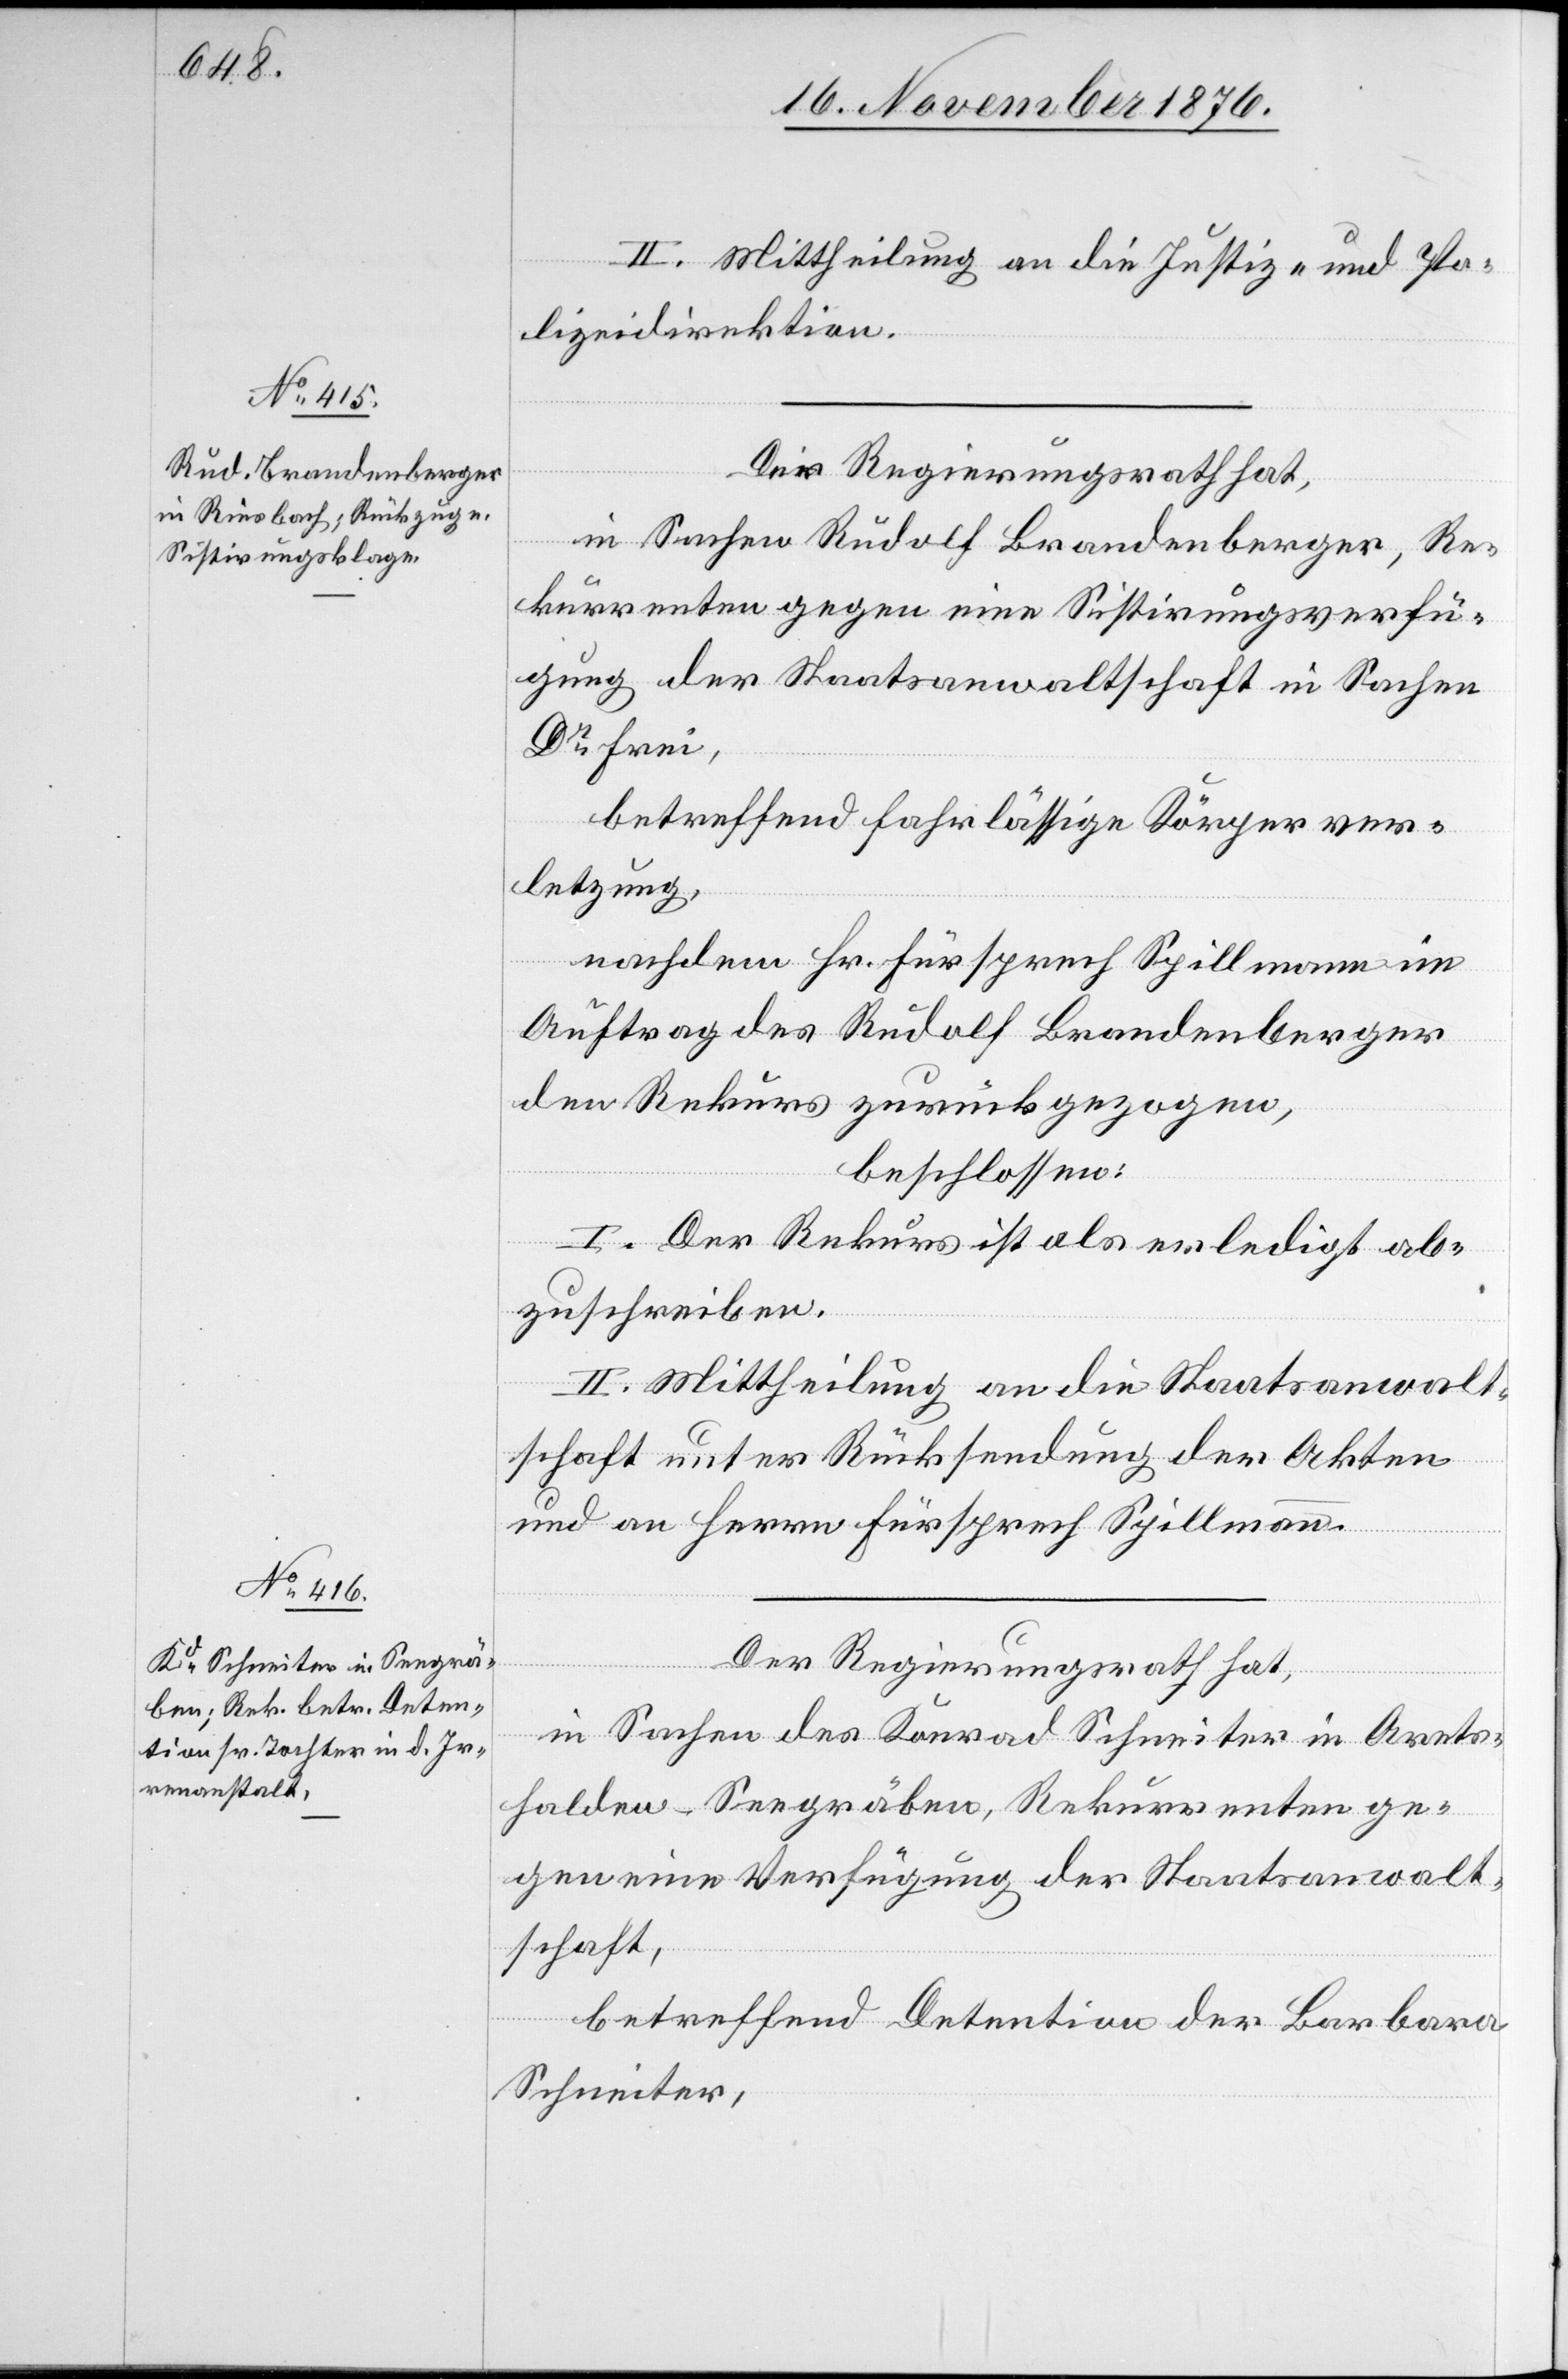
II. Mittheilung an die Justiz- und Po¬
lizeidirektion.
Der Regierungsrath hat,
in Sachen Rudolf Brandenberger, Re¬
kurrenten gegen eine Sistirungsverfü¬
gung der Staatsanwaltschaft in Sachen
Dr Frei,
betreffend fahrlässige Körperver¬
letzung,
nachdem Hr. Fürsprech Spillmann im
Auftrag des Rudolf Brandenberger
den Rekurs zurückgezogen,
beschlossen:
I. Der Rekurs ist als erledigt ab¬
zuschreiben.
II. Mittheilung an die Staatsanwalt¬
schaft unter Rücksendung der Akten
und an Herrn Fürsprech Spillmann.
Der Regierungsrath hat,
in Sachen des Konrad Schneiter in Arets¬
halden - Seegräben, Rekurrenten ge¬
gen eine Verfügung der Staatsanwalt¬
schaft,
betreffend Detention der Barbara
Schneiter,